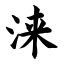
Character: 涞